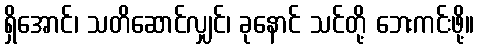
ရှိအောင်၊ သတိဆောင်လျှင်၊ ခုနောင် သင်တို့ ဘေးကင်းဖို့။